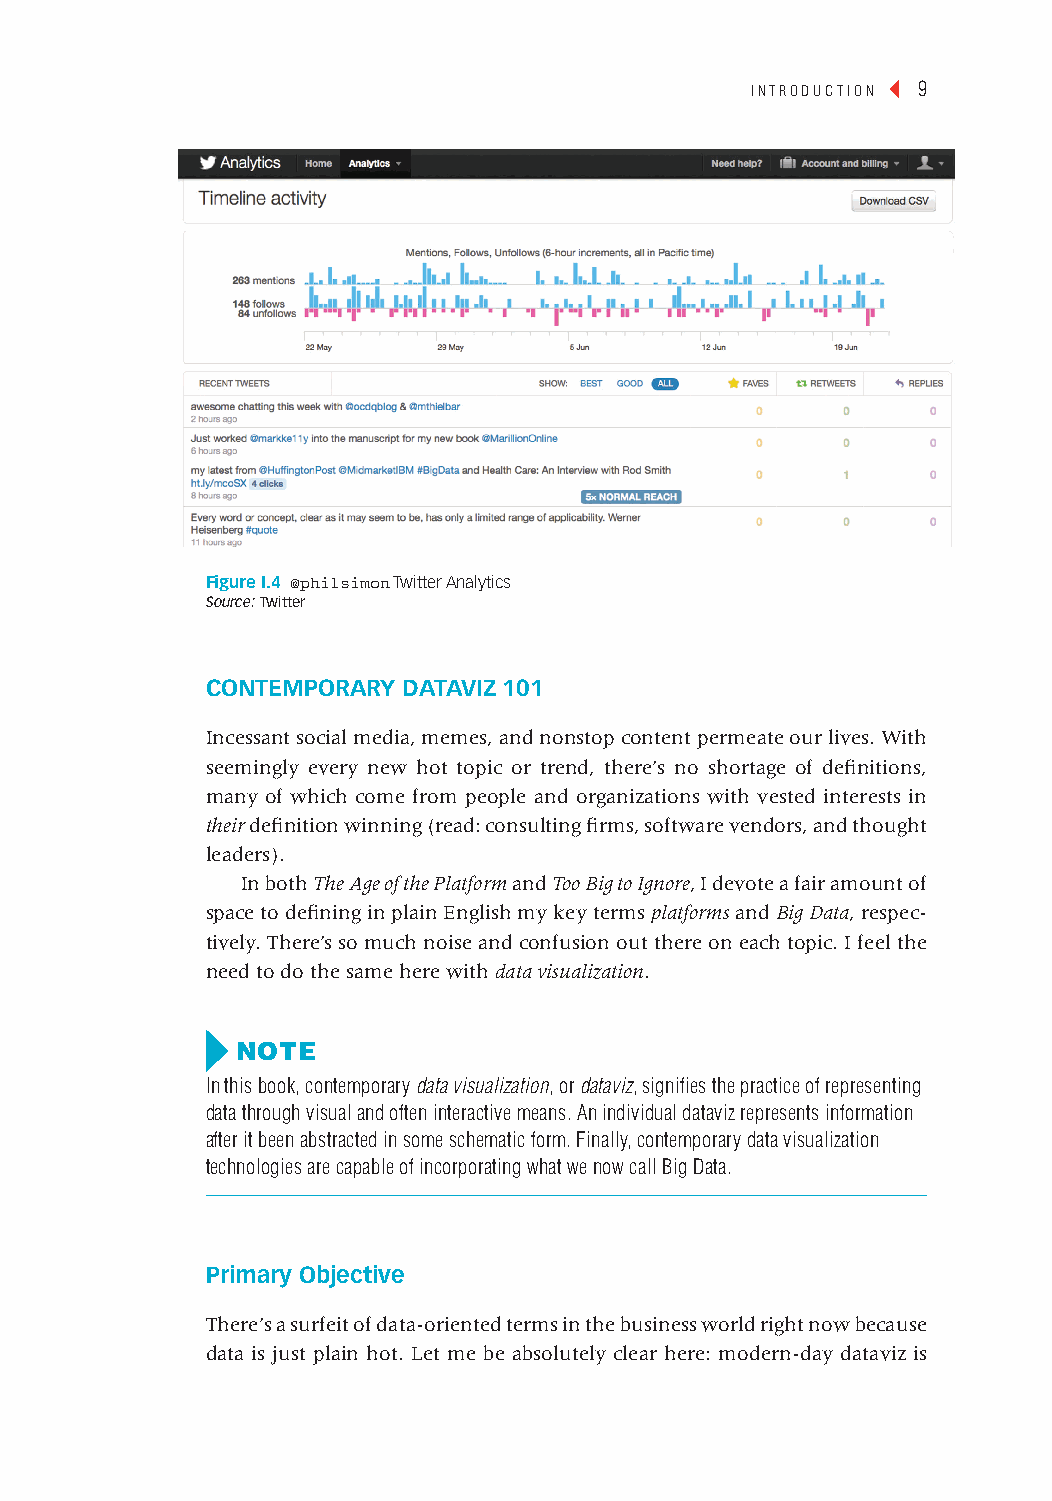
introduction ◂ 9
 Figure I.4 @philsimon twitter analytics
 Source: Twitter
 cOntempOrAry dAtAvIz 101
 Incessant social media, memes, and nonstop content permeate our lives. With
 seemingly every new hot topic or trend, there’s no shortage of definitions,
 many of which come from people and organizations with vested interests in
 their definition winning (read: consulting firms, software vendors, and thought
 leaders).
 In both The Age of the Platform and Too Big to Ignore, I devote a fair amount of
 space to defining in plain English my key terms platforms and Big Data, respec-
 tively. There’s so much noise and confusion out there on each topic. I feel the
 need to do the same here with data visualization.
 Note
 in this book, contemporary data visualization, or dataviz, signifies the practice of representing
 data through visual and often interactive means. an individual dataviz represents information
 after it been abstracted in some schematic form. Finally, contemporary data visualization
 technologies are capable of incorporating what we now call Big data.
 primary Objective
 There’s a surfeit of data-oriented terms in the business world right now because
 data is just plain hot. Let me be absolutely clear here: modern-day dataviz is
 cintro 9                                                  January 28, 2014 9:50 PM
 ▲